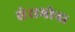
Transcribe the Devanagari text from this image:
सेरामोना